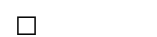
٩